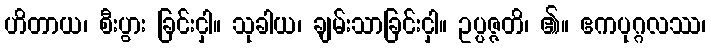
ဟိတာယ၊ စီးပွား ခြင်းငှါ။ သုခါယ၊ ချမ်းသာခြင်းငှါ။ ဥပ္ပဇ္ဇတိ၊ ၏။ ဧကပုဂ္ဂလဿ၊